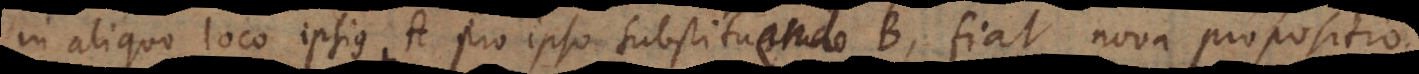
in aliquo loco ipsius A pro ipso substituendo B, fiat nova propositio,